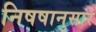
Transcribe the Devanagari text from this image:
निषषानुसार